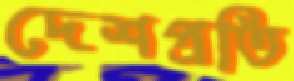
দেশপ্রতি